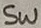
Text: SW